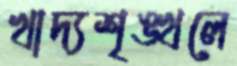
খাদ্যশৃঙ্খলে